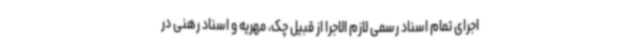
اجرای تمام اسناد رسمی لازم الاجرا از قبیل چک، مهریه و اسناد رهنی در